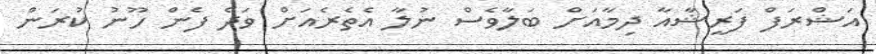
އަޝްރަފް ފަރީޝާއާ ދިމާއަށް ބަލާވެސް ނުލާ އެތެރެއަށް ވަދެ ފެން ހޫނު ކުރަން